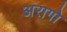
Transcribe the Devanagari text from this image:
अरागो